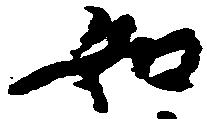
如